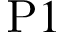
\mathrm { P } 1